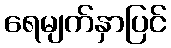
ရေမျက်နှာပြင်